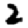
Digit: 2